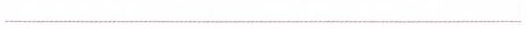
_____________________